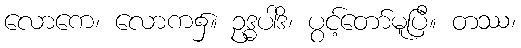
လောကေ၊ လောက၌။ ဥဒ္ဓပါဒိ၊ ပွင့်တော်မူပြီ။ တဿ၊